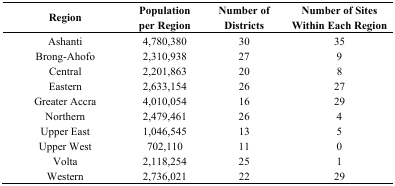
<table><thead><tr><td><b>Region</b></td><td><b>Population per Region</b></td><td><b>Number of Districts</b></td><td><b>Number of Sites Within Each Region</b></td></tr></thead><tbody><tr><td>Ashanti</td><td>4,780,380</td><td>30</td><td>35</td></tr><tr><td>Brong-Ahofo</td><td>2,310,938</td><td>27</td><td>9</td></tr><tr><td>Central</td><td>2,201,863</td><td>20</td><td>8</td></tr><tr><td>Eastern</td><td>2,633,154</td><td>26</td><td>27</td></tr><tr><td>Greater Accra</td><td>4,010,054</td><td>16</td><td>29</td></tr><tr><td>Northern</td><td>2,479,461</td><td>26</td><td>4</td></tr><tr><td>Upper East</td><td>1,046,545</td><td>13</td><td>5</td></tr><tr><td>Upper West</td><td>702,110</td><td>11</td><td>0</td></tr><tr><td>Volta</td><td>2,118,254</td><td>25</td><td>1</td></tr><tr><td>Western</td><td>2,736,021</td><td>22</td><td>29</td></tr></tbody></table>